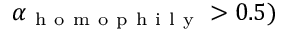
\alpha _ { \mathrm { ~ h ~ o ~ m ~ o ~ p ~ h ~ i ~ l ~ y ~ } } > 0 . 5 )